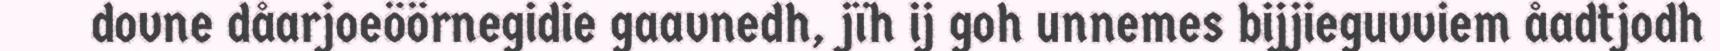
dovne dåarjoeöörnegidie gaavnedh, jïh ij goh unnemes bijjieguvviem åadtjodh